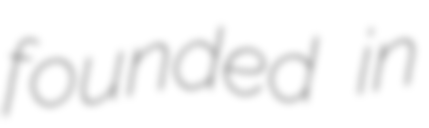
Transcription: founded in